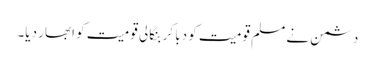
دشمن نے مسلم قومیت کو دبا کر بنگالی قومیت کو ابھار دیا۔